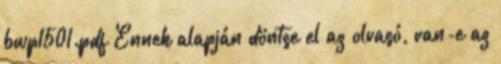
bwp1501.pdf Ennek alapján döntse el az olvasó, van-e az